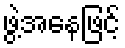
ဖွဲ့အနေဖြင့်